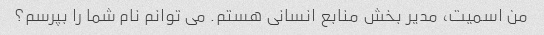
من اسمیت، مدیر بخش منابع انسانی هستم. می توانم نام شما را بپرسم؟